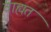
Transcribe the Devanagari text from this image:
वाह्यत